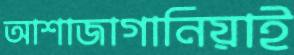
আশাজাগানিয়াই